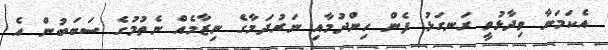
އެކަމަނާ ވިދާޅުވީ ރަނގަޅު ފެން ހިންދުމާއި ނަރުދަމާގެ ނިޒާމެއް ނެތުމުގެ ސަަބަބުން އެ